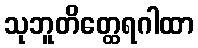
သုဘူတိတ္ထေရဂါထာ